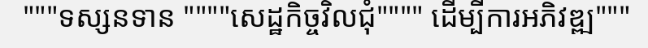
"""ទស្សនទាន """"សេដ្ឋកិច្ចវិលជុំ"""" ដើម្បីការអភិវឌ្ឍ"""